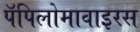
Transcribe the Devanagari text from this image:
पॅपिलोमावाइरस